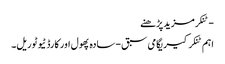
- ٹنکرمزید پڑھنے
اہم ٹنکرکیریگامی سبق - سادہ پھول اور کارڈ ٹیوٹوریل۔